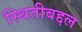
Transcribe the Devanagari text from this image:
स्थितीबद्दल